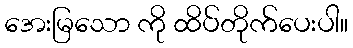
အေးမြသော ကို ထိပ်တိုက်ပေးပါ။